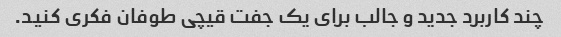
چند کاربرد جدید و جالب برای یک جفت قیچی طوفان فکری کنید.